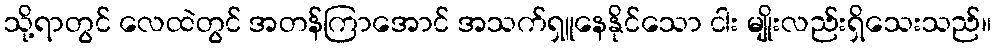
သို့ရာတွင် လေထဲတွင် အတန်ကြာအောင် အသက်ရှူနေနိုင်သော ငါး မျိုးလည်းရှိသေးသည်။